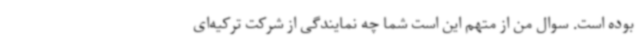
بوده است. سوال من از متهم این است شما چه نمایندگی از شرکت ترکیه‌ای